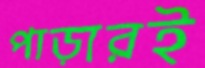
পাড়ারই